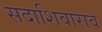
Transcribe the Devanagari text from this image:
सदाशिवाराव